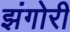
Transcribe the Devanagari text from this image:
झंगोरी